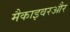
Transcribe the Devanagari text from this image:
मैकाइवरऔर